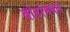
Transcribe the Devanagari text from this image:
बोटांमधले